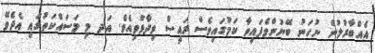
އެއްބާރުލުން ނުހަނު ބޭނުންވެފައިވާ ކަމުގައިވެސް ރައީސް ވިދާޅުވިއެވެ. އަދ މި މަސައްކަތުގައި އެދެވޭ